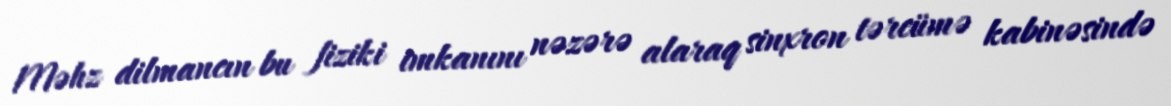
Məhz dilmancın bu fiziki imkanını nəzərə alaraq sinxron tərcümə kabinəsində